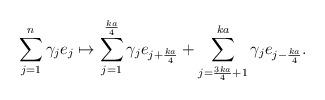
LaTeX: \begin{align*} \sum_{j=1}^{n} \gamma_j e_j &\mapsto \sum_{j=1}^{\frac{ka}{4}} \gamma_{j}e_{j+\frac{ka}{4}} + \sum_{j=\frac{3ka}{4}+1}^{ka} \gamma_{j}e_{j-\frac{ka}{4}}.\end{align*}